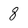
Character: 8